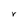
Character: V